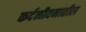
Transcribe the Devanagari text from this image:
कर्दळीवनातील